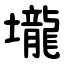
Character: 壠